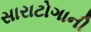
સારાટોગાની